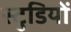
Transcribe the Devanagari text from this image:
स्टुडियों